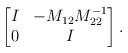
LaTeX: \begin{align*}\begin{bmatrix} I & -M_{12}M_{22}^{-1}\\ 0 & I\end{bmatrix}.\end{align*}